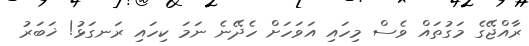
ރާއްޖޭގެ މަގުތައް ވެސް މިހައި އަވަހަށް ހެދޭނެ ނަމަ ކިހައި ރަނގަޅު! ޚަބަރު